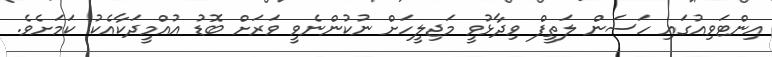
އިންޓަވިއުގައި ހަސަން ލަތީފް ވިދާޅުވީ މަޖިލީހަށް ނުކުންނެވީ ވަރަށް ބޮޑު އުއްމީދަކާއެކު ކަމަށެވެ.